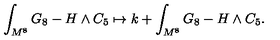
\int _ { M ^ { 8 } } G _ { 8 } - H \wedge C _ { 5 } \mapsto k + \int _ { M ^ { 8 } } G _ { 8 } - H \wedge C _ { 5 } .